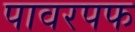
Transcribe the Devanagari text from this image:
पावरपफ